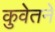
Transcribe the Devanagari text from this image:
कुवेतने